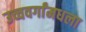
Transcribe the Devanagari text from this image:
उच्चवर्गांमधला